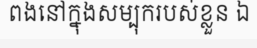
ពងនៅក្នុងសម្បុករបស់ខ្លួន ឯ